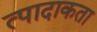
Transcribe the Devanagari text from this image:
त्पादाकता